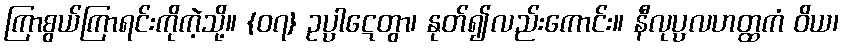
ကြာစွယ်ကြာရင်းကိုကဲ့သို့။ {၀၇} ဥပ္ပာဋေတွာ၊ နုတ်၍လည်းကောင်း။ နီလုပ္ပလဟတ္ထကံ ဝိယ၊